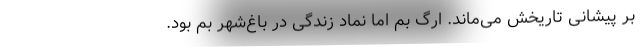
بر پیشانی تاریخش می‌ماند. ارگ بم اما نماد زندگی در باغ‌شهر بم بود.